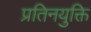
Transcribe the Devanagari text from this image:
प्रतिनयुक्ति